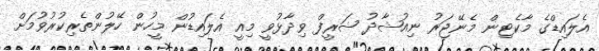
އެލައިޑްގެ މާކެޓިން މެނޭޖަރު ނިއުޝާދު ޝަރީފް ވިދާޅުވީ މިއީ އެލައިޑުން މީހުން ހޭލުންތެރިކުރުވުމަށް